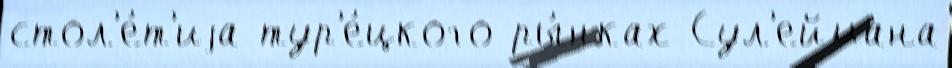
стол'е́т'иjа тур'е́цкого ры́нках Сул'еймана